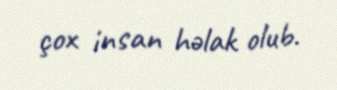
çox insan həlak olub.